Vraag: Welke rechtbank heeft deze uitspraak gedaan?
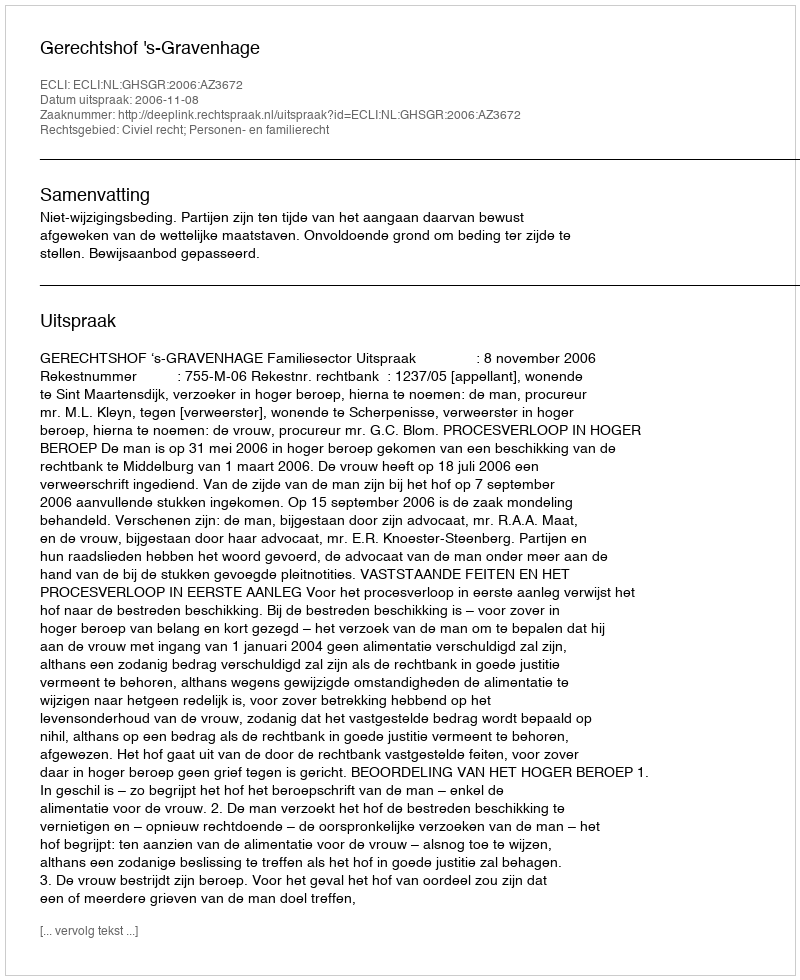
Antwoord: Gerechtshof 's-Gravenhage